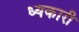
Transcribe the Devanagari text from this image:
ध्यकारी